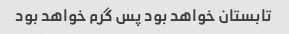
تابستان خواهد بود پس گرم خواهد بود